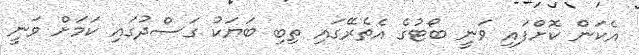
އެކަން ކޮށްފައި ވަނީ ބޯޓުގެ އެތެރޭގައި ތިބި ބަޔަކު ގަސްދުގައި ކަމަށް ވަނީ